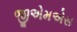
જીએમએસ